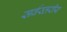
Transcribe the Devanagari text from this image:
सर्वस्तरीय